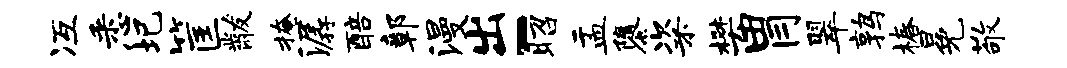
冱悉圯筐黻掩潺醅鄣漫出-昭盂隳粢樊胃翠鹑椿冕敬